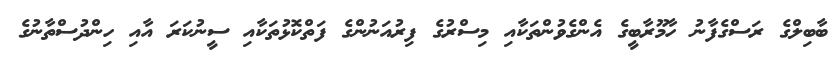
ބާބިލްގެ ރަސްގެފާނު ހާމޫރާބީގެ އެންގެވުންތަކާއި މިސްރުގެ ފިރުއަނުންގެ ފަތްކޮޅުތަކާއި ސީނުކަރަ އާއި ހިންދުސްތާނުގެ